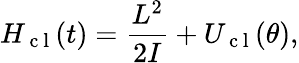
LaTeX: H_{\mathrm{~c~l~}}(t)=\frac{L^{2}}{2I}+U_{\mathrm{~c~l~}}(\theta),